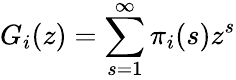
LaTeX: G_{i}(z)=\sum_{s=1}^{\infty}\pi_{i}(s)z^{s}